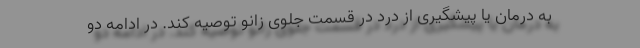
به درمان یا پیشگیری از درد در قسمت جلوی زانو توصیه کند. در ادامه دو